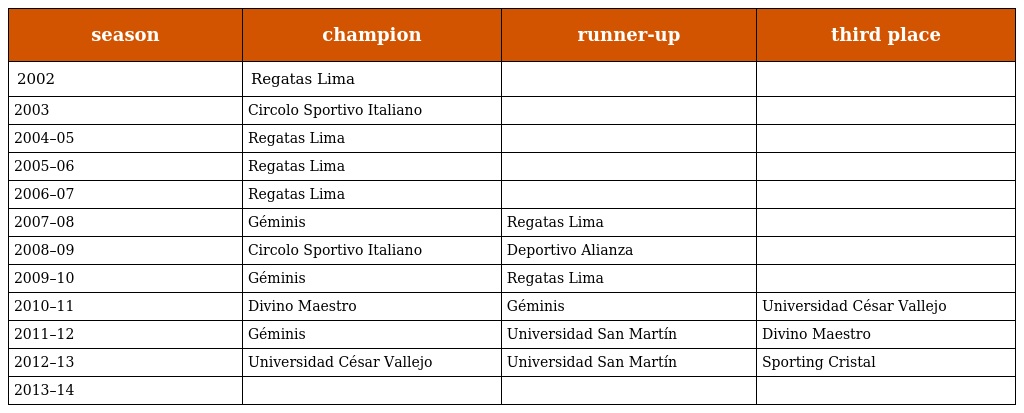
| season | champion | runner-up | third place |
 | --- | --- | --- | --- |
 | 2002 | Regatas Lima |  |  |
 | 2003 | Circolo Sportivo Italiano |  |  |
 | 2004–05 | Regatas Lima |  |  |
 | 2005–06 | Regatas Lima |  |  |
 | 2006–07 | Regatas Lima |  |  |
 | 2007–08 | Géminis | Regatas Lima |  |
 | 2008–09 | Circolo Sportivo Italiano | Deportivo Alianza |  |
 | 2009–10 | Géminis | Regatas Lima |  |
 | 2010–11 | Divino Maestro | Géminis | Universidad César Vallejo |
 | 2011–12 | Géminis | Universidad San Martín | Divino Maestro |
 | 2012–13 | Universidad César Vallejo | Universidad San Martín | Sporting Cristal |
 | 2013–14 |  |  |  |